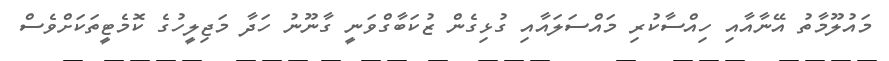
މައުލޫމާތު އޭނާއާއި ހިއްސާކުރި މައްސަލައާއި ގުޅިގެން ޒުކަބާގްވަނީ ގާނޫނު ހަދާ މަޖިލީހުގެ ކޮމެޓީތަކަށްވެސް